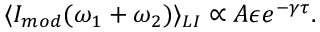
\langle I _ { m o d } ( \omega _ { 1 } + \omega _ { 2 } ) \rangle _ { L I } \propto A \epsilon e ^ { - \gamma \tau } .